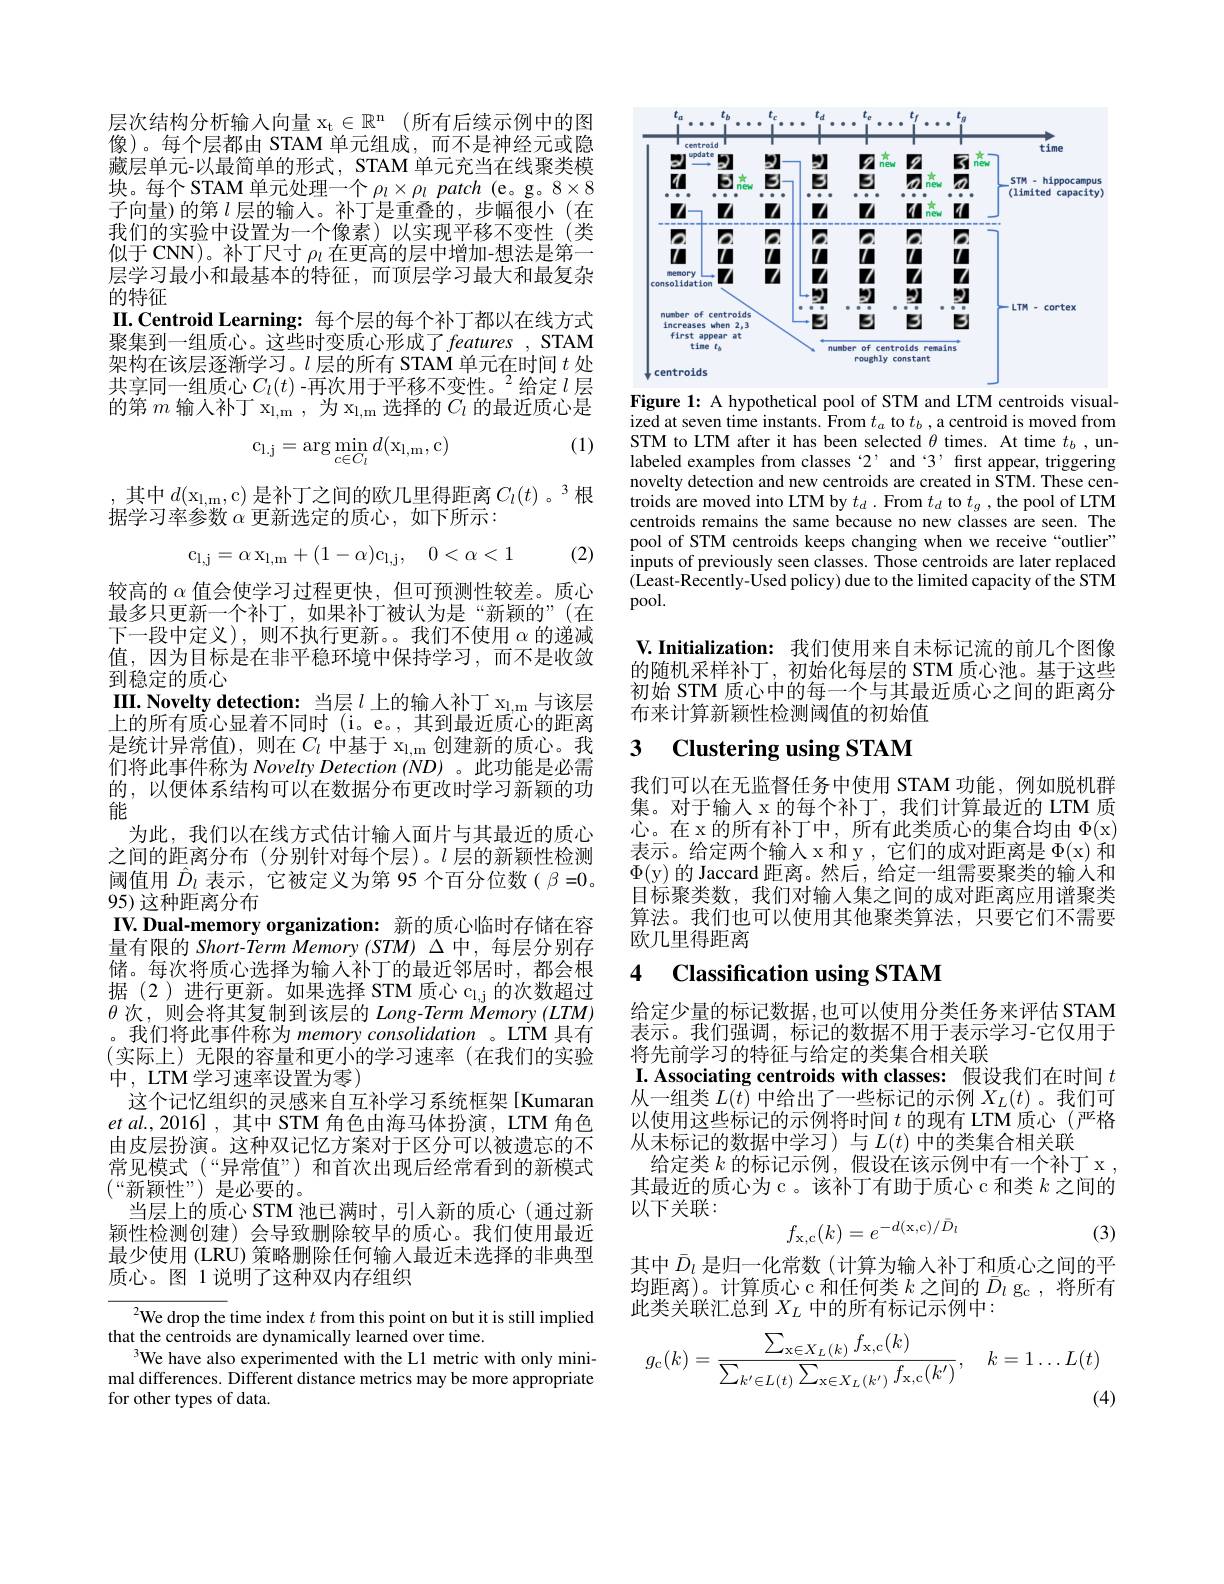
层次结构分析输入向量$x_t\in R^n$ (所有后续示例中的图像)。每个层都由 STAM 单元组成，而不是神经元或隐藏层单元-以最简单的形式，STAM 单元充当在线聚类模块。每个STAM 单元处理一个$\rho_l\times\rho_l$ patch (e。g。8×8子向量)的第$l$层的输入。补丁是重叠的，步幅很小(在我们的实验中设置为一个像素)以实现平移不变性(类似于 CNN)。补丁尺寸$\rho_\iota$在更高的层中增加-想法是第一层学习最小和最基本的特征，而顶层学习最大和最复杂的特征
II.Centroid Learning:每个层的每个补丁都以在线方式聚集到一组质心。这些时变质心形成了 features , STAM 架构在该层逐渐学习。$l$层的所有 STAM 单元在时间$t$处共享同一组质心$C_l(t)$ -再次用于平移不变性。$^2$给定$l$层的第$m$输入补丁 x$_\mathrm{l,m}$,为$x_l, m$选择的$C_l$的最近质心是

(1)
$$\mathrm{c}_{\mathrm{l.j}}=\arg\min_{c\in C_{l}}d(\mathrm{x}_{\mathrm{l,m}},\mathrm{c})$$
,其中$d(\mathrm{x}_{\mathrm{l},\mathrm{m}}$,c)是补丁之间的欧几里得距离$C_l(t)$。3根
据学习率参数$\alpha$更新选定的质心，如下所示：

(2)
$$\mathrm{c_{l,j}=\alpha\:x_{l,m}+(1-\alpha)c_{l,j},}\quad0<\alpha<1$$
阈值用$\hat{D}_l$表示，它被定义为第 95 个百分位数( $\beta=0$。
95) 这种距离分布
IV. Dual-memory organization: 新的质心临时存储在容

较高的$\alpha$值会使学习过程更快，但可预测性较差。质心最多只更新一个补丁，如果补丁被认为是“新颖的”(在下一段中定义),则不执行更新。。我们不使用$\alpha$的递减值，因为目标是在非平稳环境中保持学习，而不是收敛到稳定的质心
III.Novelty detection: 当层$l$上的输人补丁$x_\mathrm{l,m}$与该层上的所有质心显着不同时(i。e。,其到最近质心的距离是统计异常值),则在$C_l$中基于 x$_\mathrm{l,m}$创建新的质心。我们将此事件称为 Novelty Detection (ND)。此功能是必需的，以便体系结构可以在数据分布更改时学习新颖的功能
为此，我们以在线方式估计输入面片与其最近的质心之间的距离分布(分别针对每个层)。$l$层的新颖性检测量有限的 Short-Term Memory (STM) $\Delta$中，每层分别存储。每次将质心选择为输入补丁的最近邻居时，都会根据(2)进行更新。如果选择 STM 质心 c$_\mathrm{l,j}$的次数超过$\theta$次，则会将其复制到该层的 Long-Term Memory (LTM) 。我们将此事件称为 memory consolidation 。LTM 具有(实际上)无限的容量和更小的学习速率(在我们的实验中，LTM 学习速率设置为零)
这个记忆组织的灵感来自互补学习系统框架[Kumaran $et$ $al. , 2016]$ , 其中 STM 角色由海马体扮演，LTM 角色由皮层扮演。这种双记忆方案对于区分可以被遗忘的不常见模式(“异常值”)和首次出现后经常看到的新模式$(“新颖性”)$是必要的。
当层上的质心 STM 池已满时，引人新的质心(通过新颖性检测创建)会导致删除较早的质心。我们使用最近最少使用 (LRU) 策略删除任何输入最近未选择的非典型质心。图 1 说明了这种双内存组织

${^{2}\text{We drop the time index }t\text{ from this point on but it is still implied}}$
that the centroids are dynamically learned over time.
We have also experimented with the L1 metric with only minimal differences. Different distance metrics may be more appropriate for other types of data.

<FigureHere>

Figure 1: A hypothetical pool of STM and LTM centroids visualized at seven time instants. From $t_a$ to $t_b$ ,a centroid is moved from STM to LTM after it has been selected $\theta$ times. At time $t_b$, unlabeled examples from classes 2, and 3, first appear, triggering novelty detection and new centroids are created in STM. These centroids are moved into LTM by $t_d.$ From $t_d$ to $t_g$, the pool of LTM centroids remains the same because no new classes are seen.The pool of STM centroids keeps changing when we receive“outlier” inputs of previously seen classes. Those centroids are later replaced $(\dot{\text{Least-Recently-Used policy) due to the limited capacity of the STM}}$ pool.

V.Initialization: 我们使用来自未标记流的前几个图像的随机采样补丁，初始化每层的 STM 质心池。基于这些初始 STM 质心中的每一个与其最近质心之间的距离分布来计算新颖性检测阈值的初始值

## 3 $\textbf{Clustering using STAM}$

我们可以在无监督任务中使用 STAM 功能，例如脱机群集。对于输入 x 的每个补丁，我们计算最近的 LTM 质心。在 x 的所有补丁中，所有此类质心的集合均由$\Phi ($x) 表示。给定两个输入 x 和 y , 它们的成对距离是$\Phi ($x)和$\Phi($y)的 Jaccard 距离。然后，给定一组需要聚类的输入和目标聚类数，我们对输入集之间的成对距离应用谱聚类算法。我们也可以使用其他聚类算法，只要它们不需要欧几里得距离

# 4 Classification using STAM

给定少量的标记数据，也可以使用分类任务来评估 STAM 表示。我们强调，标记的数据不用于表示学习-它仅用于将先前学习的特征与给定的类集合相关联
I.Associating centroids with classes: 假设我们在时间$t$

从一组类$L(t)$中给出了一些标记的示例$X_L(t)$ 。我们可以使用这些标记的示例将时间$t$的现有 LTM 质心(严格从未标记的数据中学习)与$L(t)$ 中的类集合相关联
给定类$k$的标记示例，假设在该示例中有一个补丁 x , 其最近的质心为 c 。该补丁有助于质心 c 和类$k$之间的以下关联：
$$f_{\mathrm{x,c}}(k)=e^{-d(\mathrm{x,c})/\bar{D}_{l}}$$
(3)

其中$\bar{D}_l$是归一化常数(计算为输入补丁和质心之间的平均距离)。计算质心 c 和任何类$k$之间的$\bar{D}_l$ g。将所有此类关联汇总到$X_L$中的所有标记示例中：
$$g_{\mathrm{c}}(k)=\frac{\sum_{\mathrm{x}\in X_{L}(k)}f_{\mathrm{x},\mathrm{c}}(k)}{\sum_{k'\in L(t)}\sum_{\mathrm{x}\in X_{L}(k')}f_{\mathrm{x},\mathrm{c}}(k')},\quad k=1\ldots L(t)$$
(4)